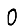
Digit: 0